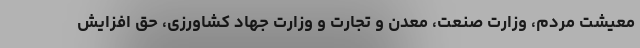
معیشت مردم، وزارت صنعت، معدن و تجارت و وزارت جهاد کشاورزی، حق افزایش